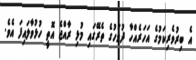
އެ ބިރުވެރިކަމުގެ އަހަރެއްހާ ދުވަހުގެ ތެރޭގައި މުޅި ރާއްޖެ އޮތީ ހުޅުވާލައިފަ އެވެ.